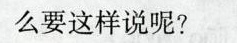
么要这样说呢?